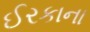
ઈરકાના